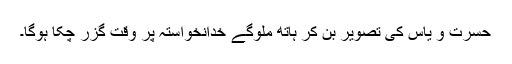
حسرت و یاس کی تصویر بن کر ہاتھ ملوگے خدانخواستہ پر وقت گزر چکا ہوگا۔